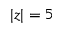
| z | = 5